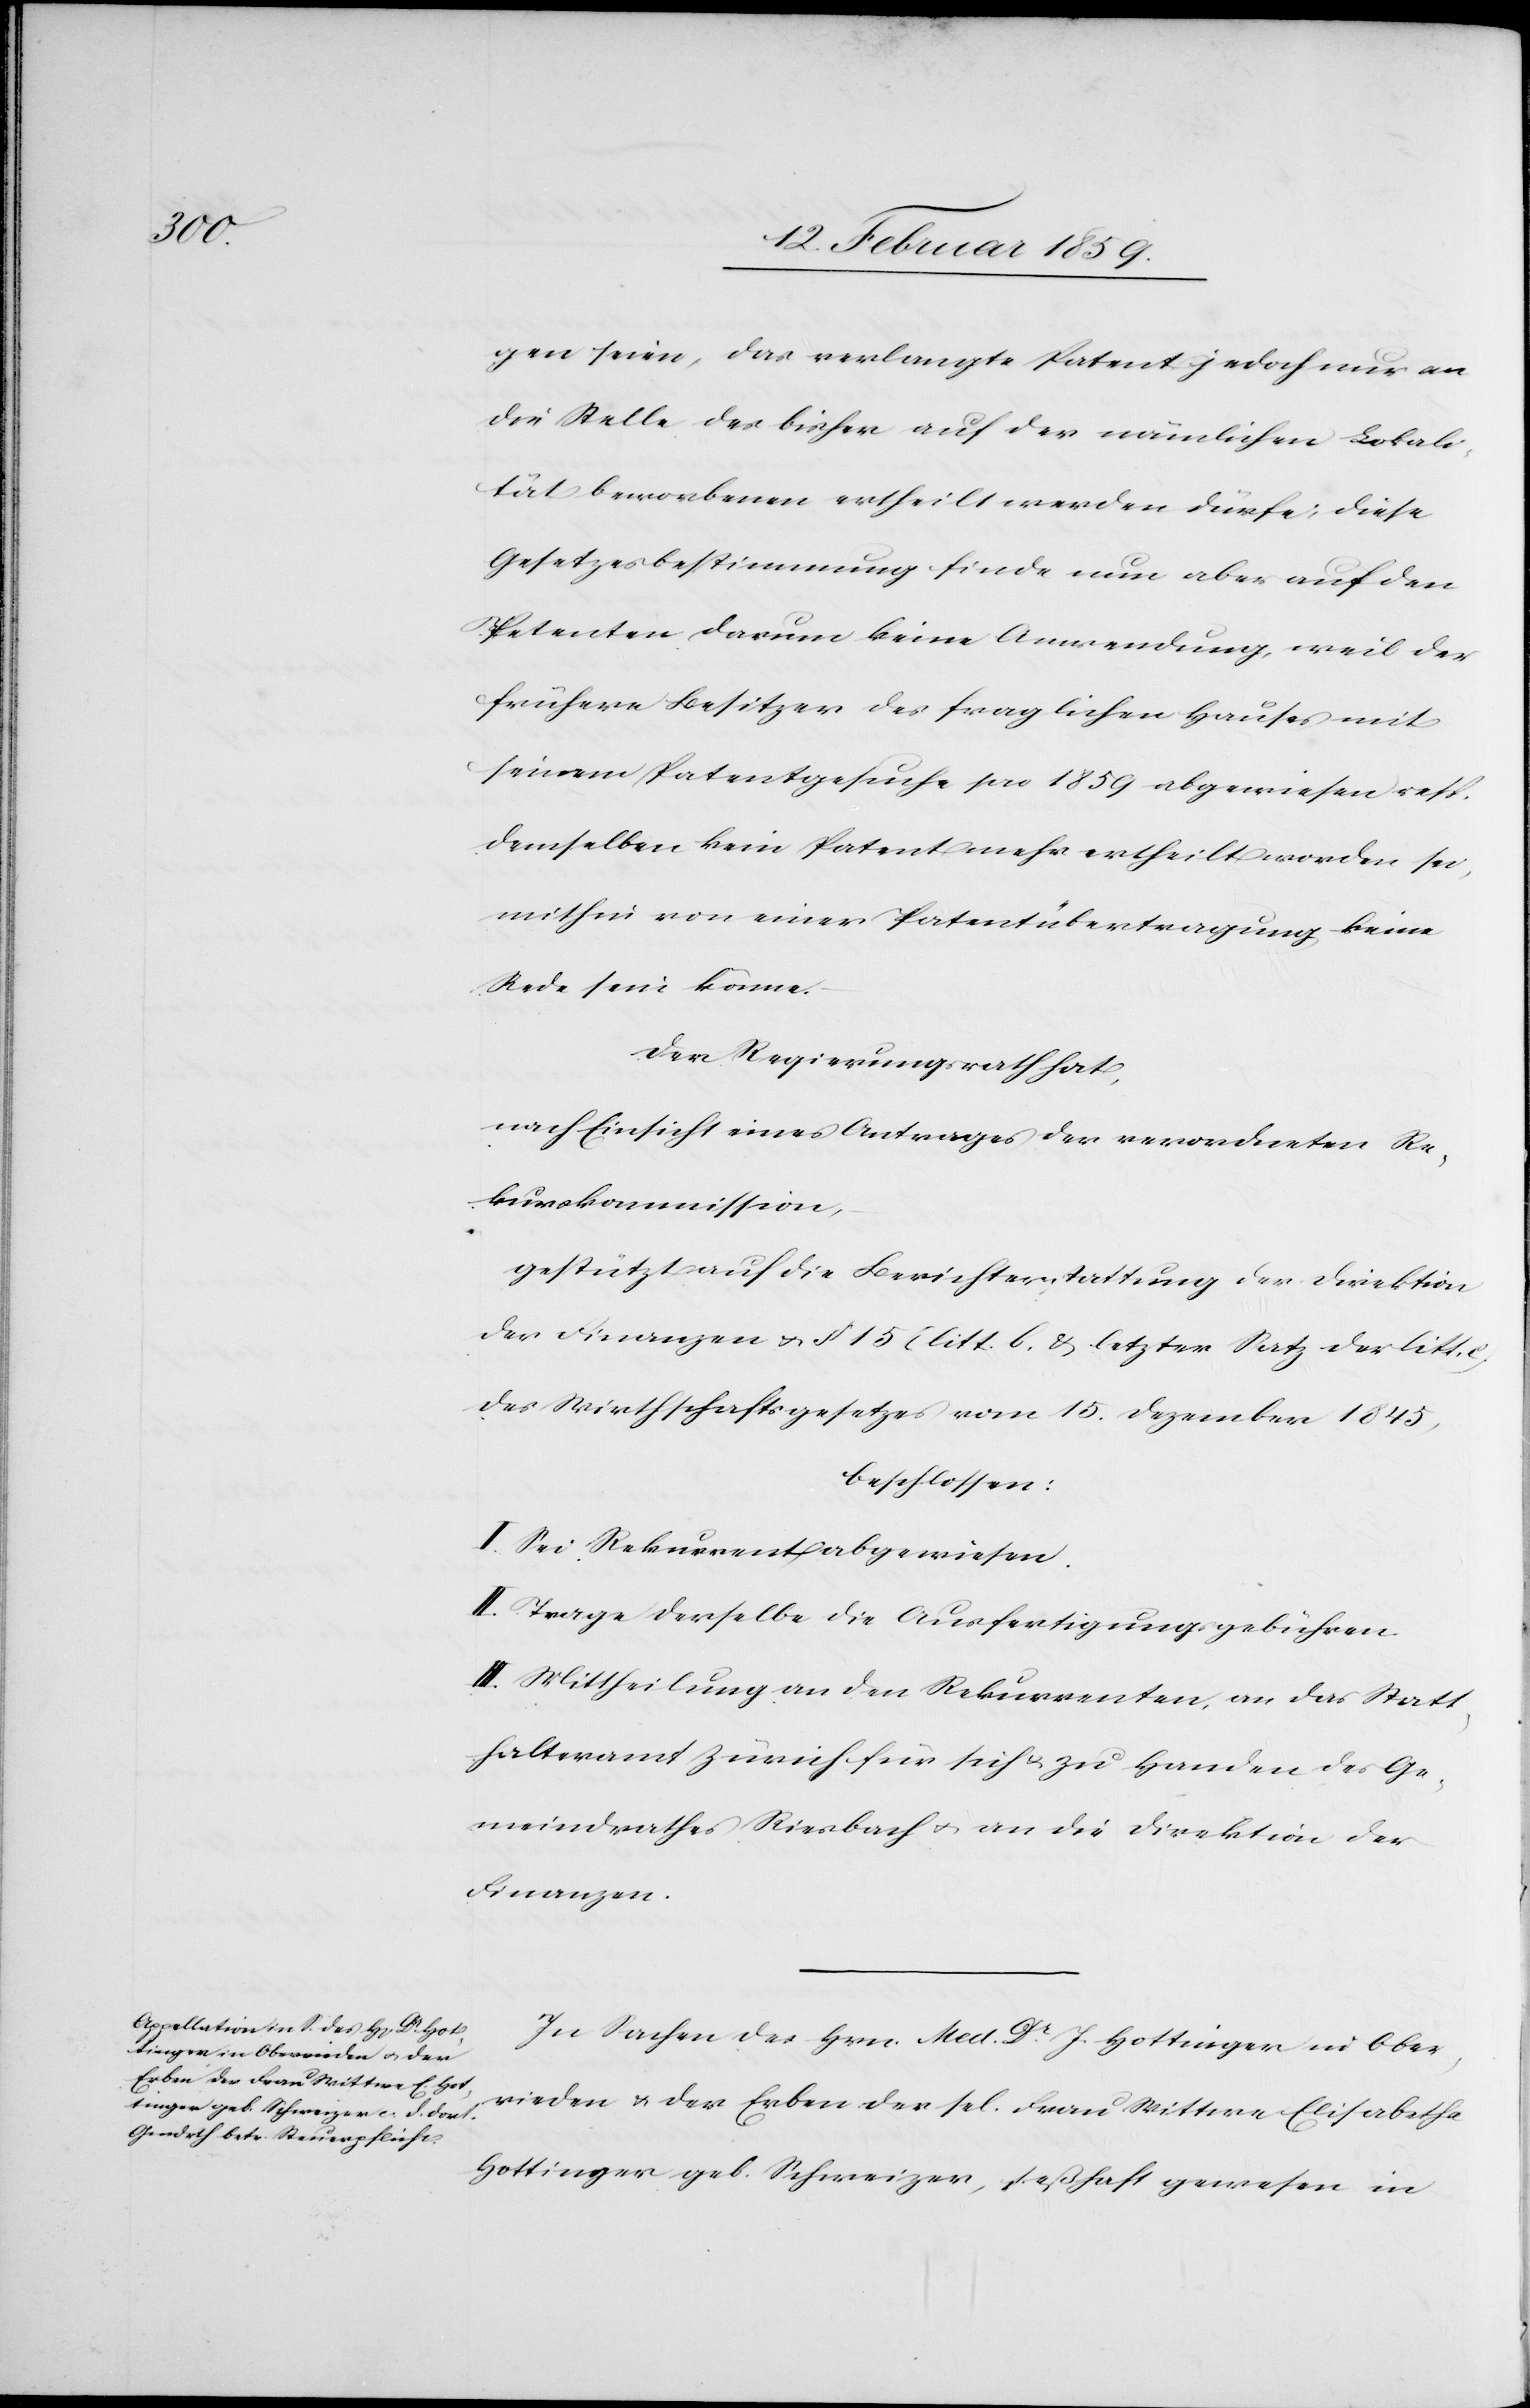
gen seien, das verlangte Patent jedoch nur an
die Stelle des bisher auf der nämlichen Lokali¬
tät beworbenen ertheilt werden dürfe; diese
Gesetzesbestimmung finde nun aber auf den
Petenten darum keine Anwendung, weil der
frühere Besitzer des fraglichen Hauses mit
seinem Patentgesuche pro 1859 abgewiesen resp.
demselben kein Patent mehr ertheilt worden sei,
mithin von einer Patentübertragung keine
Rede sein könne.
Der Regierungsrath hat,
nach Einsicht eines Antrages der verordneten Re¬
kurskommission,
gestützt auf die Berichterstattung der Direktion
der Finanzen u. § 15 (litt. b, & letzter Satz der litt.
des Wirthschaftsgesetzes vom 15. Dezember 1845,
beschlossen:
I. Sei Rekurrent abgewiesen.
II. Trage derselbe die Ausfertigungsgebühren.
III. Mittheilung an den Rekurrenten, an das Statt¬
halteramt Zürich für sich u. zu Handen des Ge¬
meindrathes Riesbach u. an die Direktion der
Finanzen.
In Sachen des Hrn. Med. Dr. J. Hottinger in Ober¬
rieden u. der Erben der sel. Frau Wittwe Elisabetha
Hottinger geb. Schweizer, seßhaft gewesen in